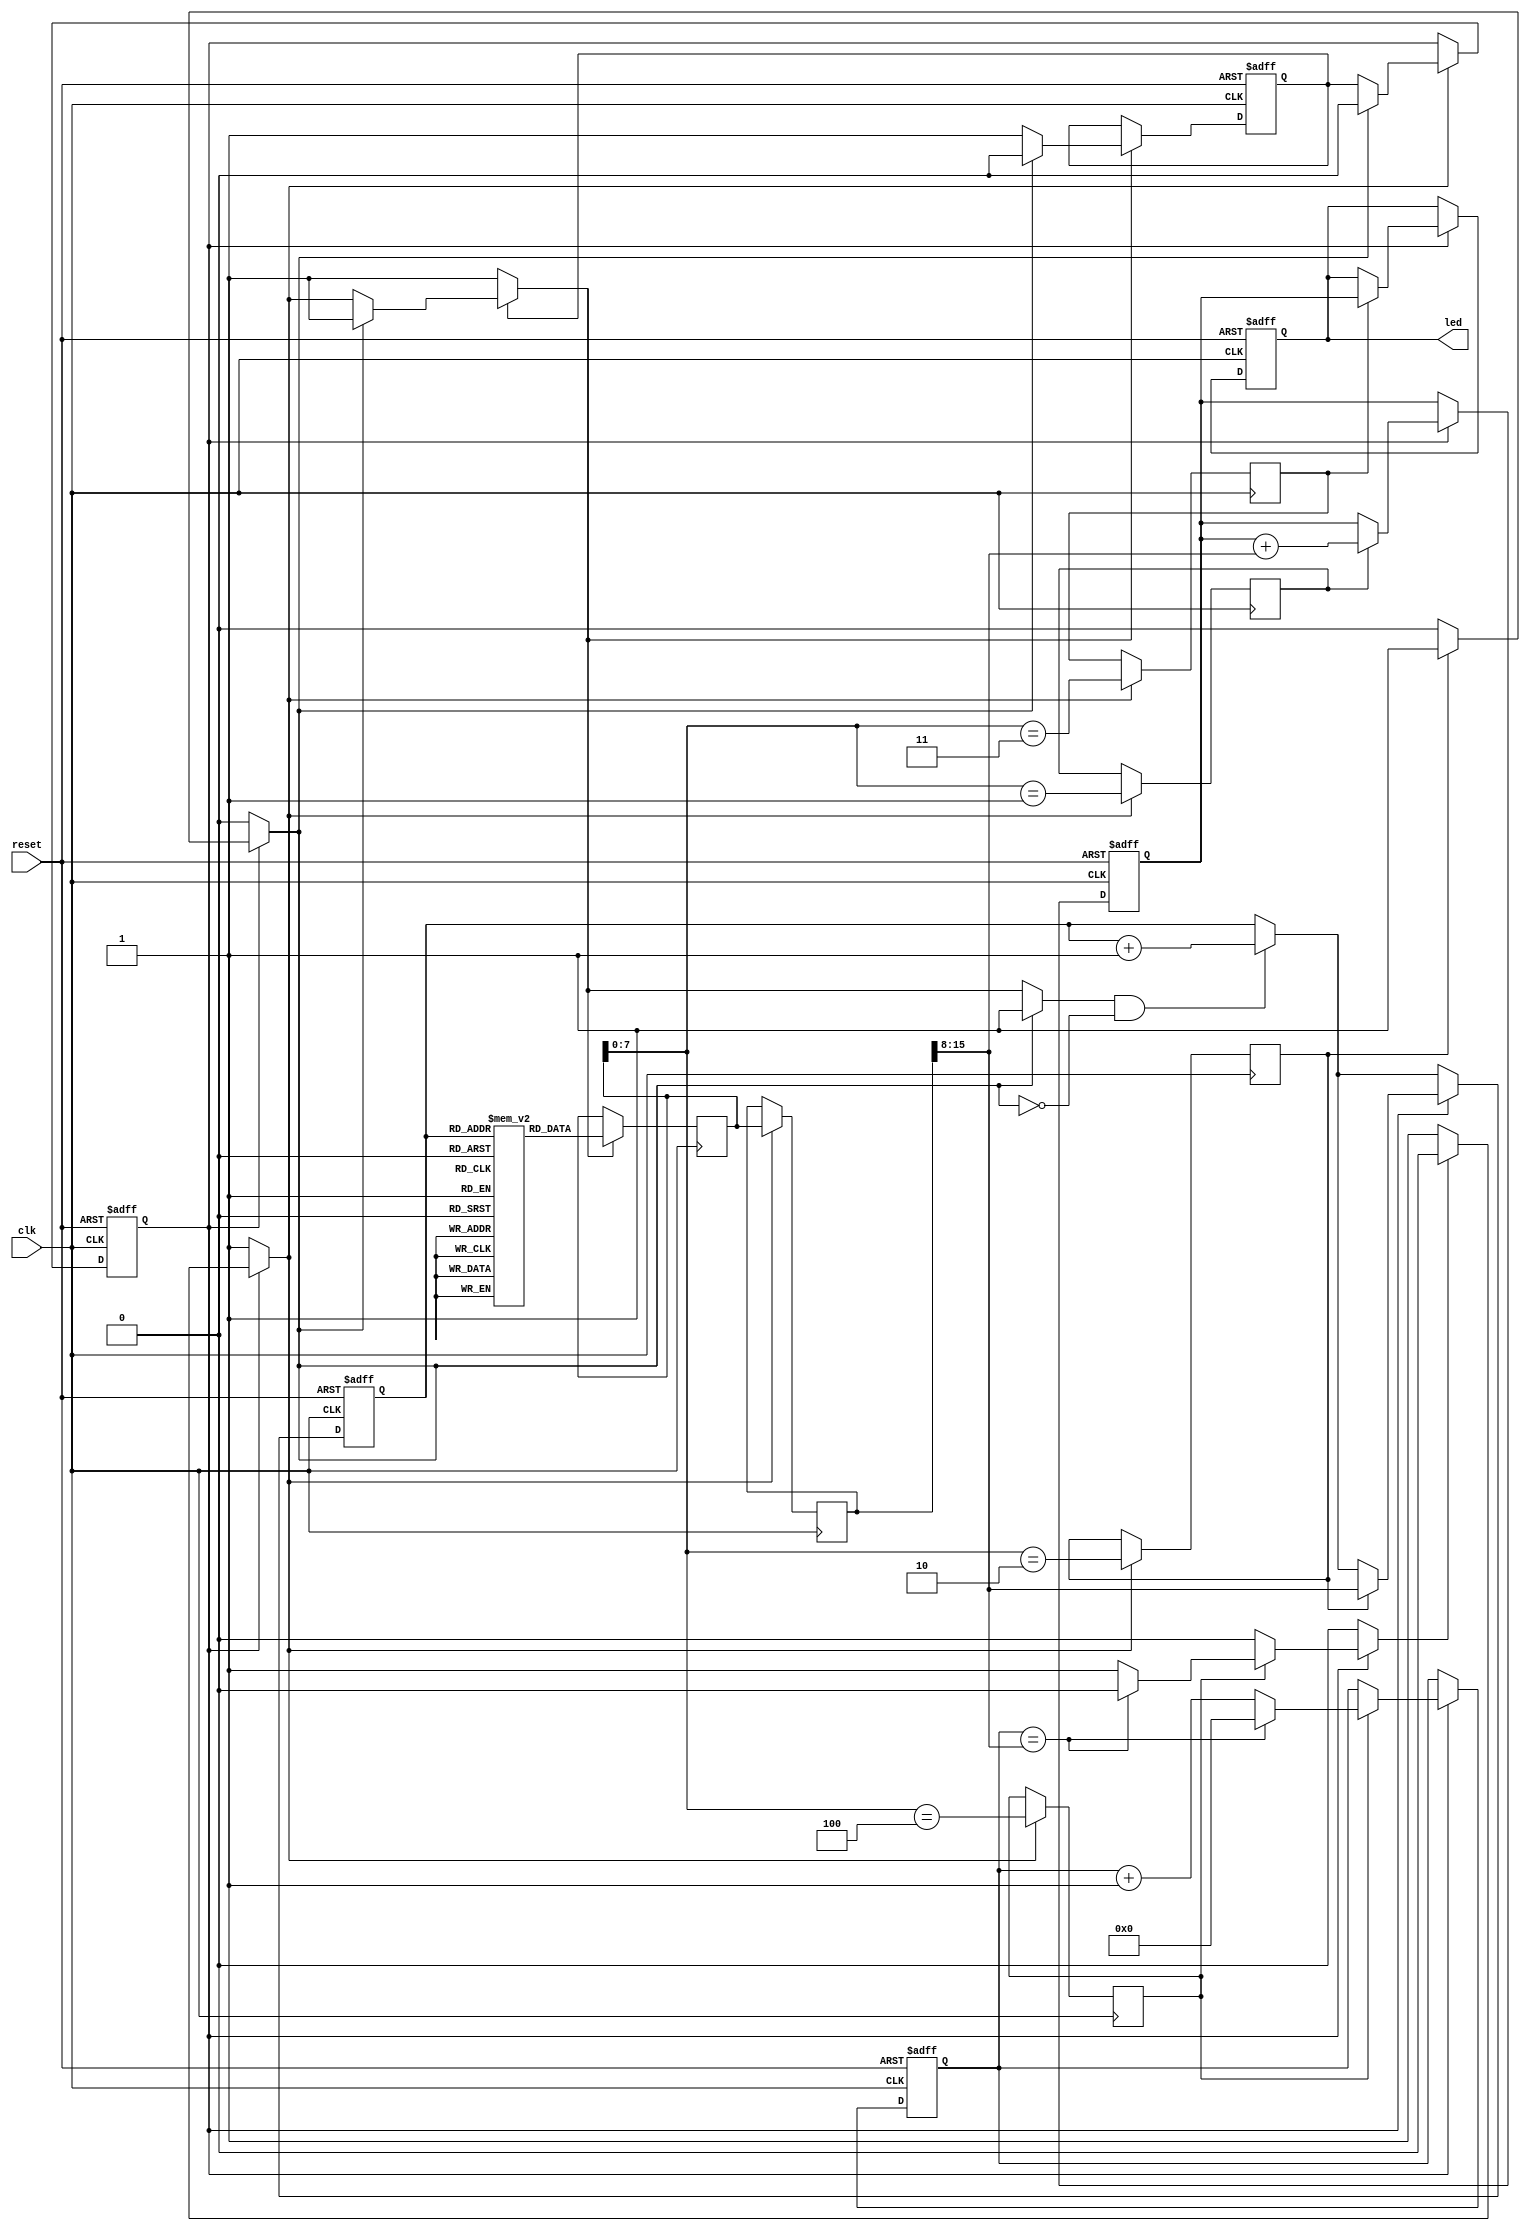
// This program was cloned from: https://github.com/chonwhite/leshi
// License: Apache License 2.0

// Generator : SpinalHDL v1.10.1    git head : 2527c7c6b0fb0f95e5e1a5722a0be732b364ce43
// Component : CpuStage3
// Git hash  : f92c2e2e6309a9a38f0fba153f80fd4385008f9c

`timescale 1ns/1ps

module CpuStage3 (
  output reg  [7:0]    led,
  input  wire          clk,
  input  wire          reset
);

  wire       [15:0]   _zz_fetcher_mem_port0;
  wire                fetch_up_isReady;
  wire                fetch_up_isValid;
  wire                decode_down_isValid;
  wire                decode_up_isValid;
  wire                fetch_down_isValid;
  reg                 execute_up_decoder_IS_DELAY;
  reg                 execute_up_decoder_IS_LED;
  reg                 execute_up_decoder_IS_JUMP;
  reg                 execute_up_is_add;
  reg        [15:0]   execute_up_INSTRUCTION;
  wire                execute_down_isReady;
  reg        [15:0]   decode_up_INSTRUCTION;
  wire                decode_down_isReady;
  wire                fetch_down_isReady;
  reg                 execute_down_valid;
  reg                 execute_up_valid;
  reg                 decode_down_valid;
  reg                 decode_up_valid;
  reg                 fetch_down_valid;
  reg                 fetch_up_ready;
  wire                fetch_up_cancel;
  reg                 fetch_down_ready;
  reg                 decode_up_ready;
  wire                decode_up_cancel;
  reg                 decode_down_ready;
  reg                 execute_up_ready;
  reg                 _zz_execute_haltRequest_CPU_l66;
  wire                execute_down_decoder_IS_DELAY;
  wire                execute_down_decoder_IS_LED;
  wire                execute_down_decoder_IS_JUMP;
  wire       [15:0]   execute_down_INSTRUCTION;
  wire                execute_down_is_add;
  wire                execute_up_isValid;
  wire                decode_down_decoder_IS_DELAY;
  wire                decode_down_decoder_IS_LED;
  wire                decode_down_decoder_IS_JUMP;
  wire                decode_down_is_add;
  wire       [15:0]   decode_down_INSTRUCTION;
  wire       [15:0]   fetch_down_INSTRUCTION;
  wire       [7:0]    fetch_down_PC;
  wire                fetch_up_isFiring;
  wire                fetch_up_valid;
  wire       [7:0]    fetch_up_PC;
  reg        [7:0]    fetcher_pcReg;
  wire       [7:0]    decoder_opcode;
  reg        [7:0]    alu_regfile;
  reg                 alu_flush;
  wire                fetch_throwWhen_CPU_l45;
  wire                decode_throwWhen_CPU_l45;
  reg        [7:0]    alu_delayCounter;
  wire                when_CPU_l63;
  wire                execute_haltRequest_CPU_l66;
  wire                when_CtrlLink_l158;
  wire                when_CtrlLink_l162;
  wire                when_CtrlLink_l158_1;
  wire                when_CtrlLink_l162_1;
  wire                when_CtrlLink_l151;
  wire                when_StageLink_l67;
  wire                when_StageLink_l67_1;
  reg [15:0] fetcher_mem [0:255];

  assign _zz_fetcher_mem_port0 = fetcher_mem[fetch_down_PC];
  always @(*) begin
    _zz_execute_haltRequest_CPU_l66 = 1'b0;
    if(execute_up_isValid) begin
      if(execute_down_decoder_IS_DELAY) begin
        if(!when_CPU_l63) begin
          _zz_execute_haltRequest_CPU_l66 = 1'b1;
        end
      end
    end
  end

  assign fetch_up_PC = fetcher_pcReg;
  assign fetch_up_valid = 1'b1;
  assign fetch_down_INSTRUCTION = _zz_fetcher_mem_port0;
  assign decoder_opcode = decode_down_INSTRUCTION[7 : 0];
  assign decode_down_is_add = (decoder_opcode == 8'h01);
  assign decode_down_decoder_IS_JUMP = (decoder_opcode == 8'h02);
  assign decode_down_decoder_IS_LED = (decoder_opcode == 8'h03);
  assign decode_down_decoder_IS_DELAY = (decoder_opcode == 8'h04);
  always @(*) begin
    alu_flush = 1'b0;
    if(execute_up_isValid) begin
      if(execute_down_decoder_IS_JUMP) begin
        alu_flush = 1'b1;
      end
    end
  end

  assign fetch_throwWhen_CPU_l45 = alu_flush;
  assign decode_throwWhen_CPU_l45 = alu_flush;
  assign when_CPU_l63 = (alu_delayCounter == execute_down_INSTRUCTION[15 : 8]);
  assign execute_haltRequest_CPU_l66 = _zz_execute_haltRequest_CPU_l66;
  assign decode_up_cancel = (|decode_throwWhen_CPU_l45);
  assign fetch_up_cancel = (|fetch_throwWhen_CPU_l45);
  always @(*) begin
    fetch_down_valid = fetch_up_valid;
    if(when_CtrlLink_l158) begin
      fetch_down_valid = 1'b0;
    end
  end

  always @(*) begin
    fetch_up_ready = fetch_down_isReady;
    if(when_CtrlLink_l162) begin
      fetch_up_ready = 1'b1;
    end
  end

  assign when_CtrlLink_l158 = (|fetch_throwWhen_CPU_l45);
  assign when_CtrlLink_l162 = (|fetch_throwWhen_CPU_l45);
  assign fetch_down_PC = fetch_up_PC;
  always @(*) begin
    decode_down_valid = decode_up_valid;
    if(when_CtrlLink_l158_1) begin
      decode_down_valid = 1'b0;
    end
  end

  always @(*) begin
    decode_up_ready = decode_down_isReady;
    if(when_CtrlLink_l162_1) begin
      decode_up_ready = 1'b1;
    end
  end

  assign when_CtrlLink_l158_1 = (|decode_throwWhen_CPU_l45);
  assign when_CtrlLink_l162_1 = (|decode_throwWhen_CPU_l45);
  assign decode_down_INSTRUCTION = decode_up_INSTRUCTION;
  always @(*) begin
    execute_down_valid = execute_up_valid;
    if(when_CtrlLink_l151) begin
      execute_down_valid = 1'b0;
    end
  end

  always @(*) begin
    execute_up_ready = execute_down_isReady;
    if(when_CtrlLink_l151) begin
      execute_up_ready = 1'b0;
    end
  end

  assign when_CtrlLink_l151 = (|execute_haltRequest_CPU_l66);
  assign execute_down_INSTRUCTION = execute_up_INSTRUCTION;
  assign execute_down_is_add = execute_up_is_add;
  assign execute_down_decoder_IS_JUMP = execute_up_decoder_IS_JUMP;
  assign execute_down_decoder_IS_LED = execute_up_decoder_IS_LED;
  assign execute_down_decoder_IS_DELAY = execute_up_decoder_IS_DELAY;
  always @(*) begin
    fetch_down_ready = decode_up_ready;
    if(when_StageLink_l67) begin
      fetch_down_ready = 1'b1;
    end
  end

  assign when_StageLink_l67 = (! decode_up_isValid);
  always @(*) begin
    decode_down_ready = execute_up_ready;
    if(when_StageLink_l67_1) begin
      decode_down_ready = 1'b1;
    end
  end

  assign when_StageLink_l67_1 = (! execute_up_isValid);
  assign fetch_up_isFiring = ((fetch_up_isValid && fetch_up_isReady) && (! fetch_up_cancel));
  assign fetch_up_isValid = fetch_up_valid;
  assign fetch_up_isReady = fetch_up_ready;
  assign fetch_down_isValid = fetch_down_valid;
  assign fetch_down_isReady = fetch_down_ready;
  assign decode_up_isValid = decode_up_valid;
  assign decode_down_isValid = decode_down_valid;
  assign decode_down_isReady = decode_down_ready;
  assign execute_up_isValid = execute_up_valid;
  assign execute_down_isReady = 1'b1;
  always @(posedge clk or posedge reset) begin
    if(reset) begin
      led <= 8'h00;
      fetcher_pcReg <= 8'h00;
      alu_regfile <= 8'h00;
      alu_delayCounter <= 8'h00;
      decode_up_valid <= 1'b0;
      execute_up_valid <= 1'b0;
    end else begin
      if(fetch_up_isFiring) begin
        fetcher_pcReg <= (fetch_down_PC + 8'h01);
      end
      if(execute_up_isValid) begin
        if(execute_down_is_add) begin
          alu_regfile <= (alu_regfile + execute_down_INSTRUCTION[15 : 8]);
        end
        if(execute_down_decoder_IS_JUMP) begin
          fetcher_pcReg <= execute_down_INSTRUCTION[15 : 8];
        end
        if(execute_down_decoder_IS_LED) begin
          led <= alu_regfile;
        end
        if(execute_down_decoder_IS_DELAY) begin
          alu_delayCounter <= (alu_delayCounter + 8'h01);
          if(when_CPU_l63) begin
            alu_delayCounter <= 8'h00;
          end
        end
      end
      if(fetch_down_isReady) begin
        decode_up_valid <= fetch_down_isValid;
      end
      if(decode_down_isReady) begin
        execute_up_valid <= decode_down_isValid;
      end
    end
  end

  always @(posedge clk) begin
    if(fetch_down_isReady) begin
      decode_up_INSTRUCTION <= fetch_down_INSTRUCTION;
    end
    if(decode_down_isReady) begin
      execute_up_INSTRUCTION <= decode_down_INSTRUCTION;
      execute_up_is_add <= decode_down_is_add;
      execute_up_decoder_IS_JUMP <= decode_down_decoder_IS_JUMP;
      execute_up_decoder_IS_LED <= decode_down_decoder_IS_LED;
      execute_up_decoder_IS_DELAY <= decode_down_decoder_IS_DELAY;
    end
  end


endmodule